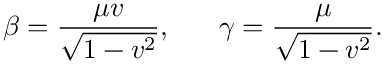
\beta = \frac { \mu v } { \sqrt { 1 - v ^ { 2 } } } , ~ ~ ~ ~ ~ \gamma = \frac { \mu } { \sqrt { 1 - v ^ { 2 } } } .